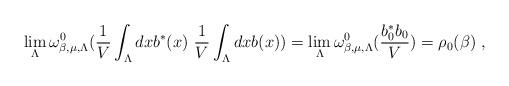
LaTeX: \begin{align*}\lim_{\Lambda} \omega_{\beta,\mu,\Lambda}^{0}(\frac{1}{V}\int_{\Lambda}dx b^*(x)\ \frac{1}{V}\int_{\Lambda}dx b(x))=\lim_{\Lambda} \omega_{\beta,\mu,\Lambda}^{0}(\frac{b^{*}_{0} b_{0}}{V}) = \rho_{0} (\beta) \ ,\end{align*}